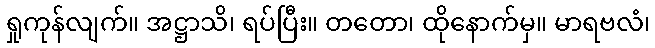
ရှုကုန်လျက်။ အဋ္ဌာသိ၊ ရပ်ပြီး။ တတော၊ ထိုနောက်မှ။ မာရဗလံ၊